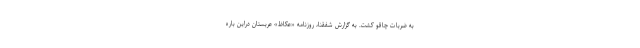
به ضربات چاقو کشت. به گزارش شفقنا، روزنامه «عکاظ» عربستان دراین باره